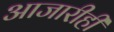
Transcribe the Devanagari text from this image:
आजारीही